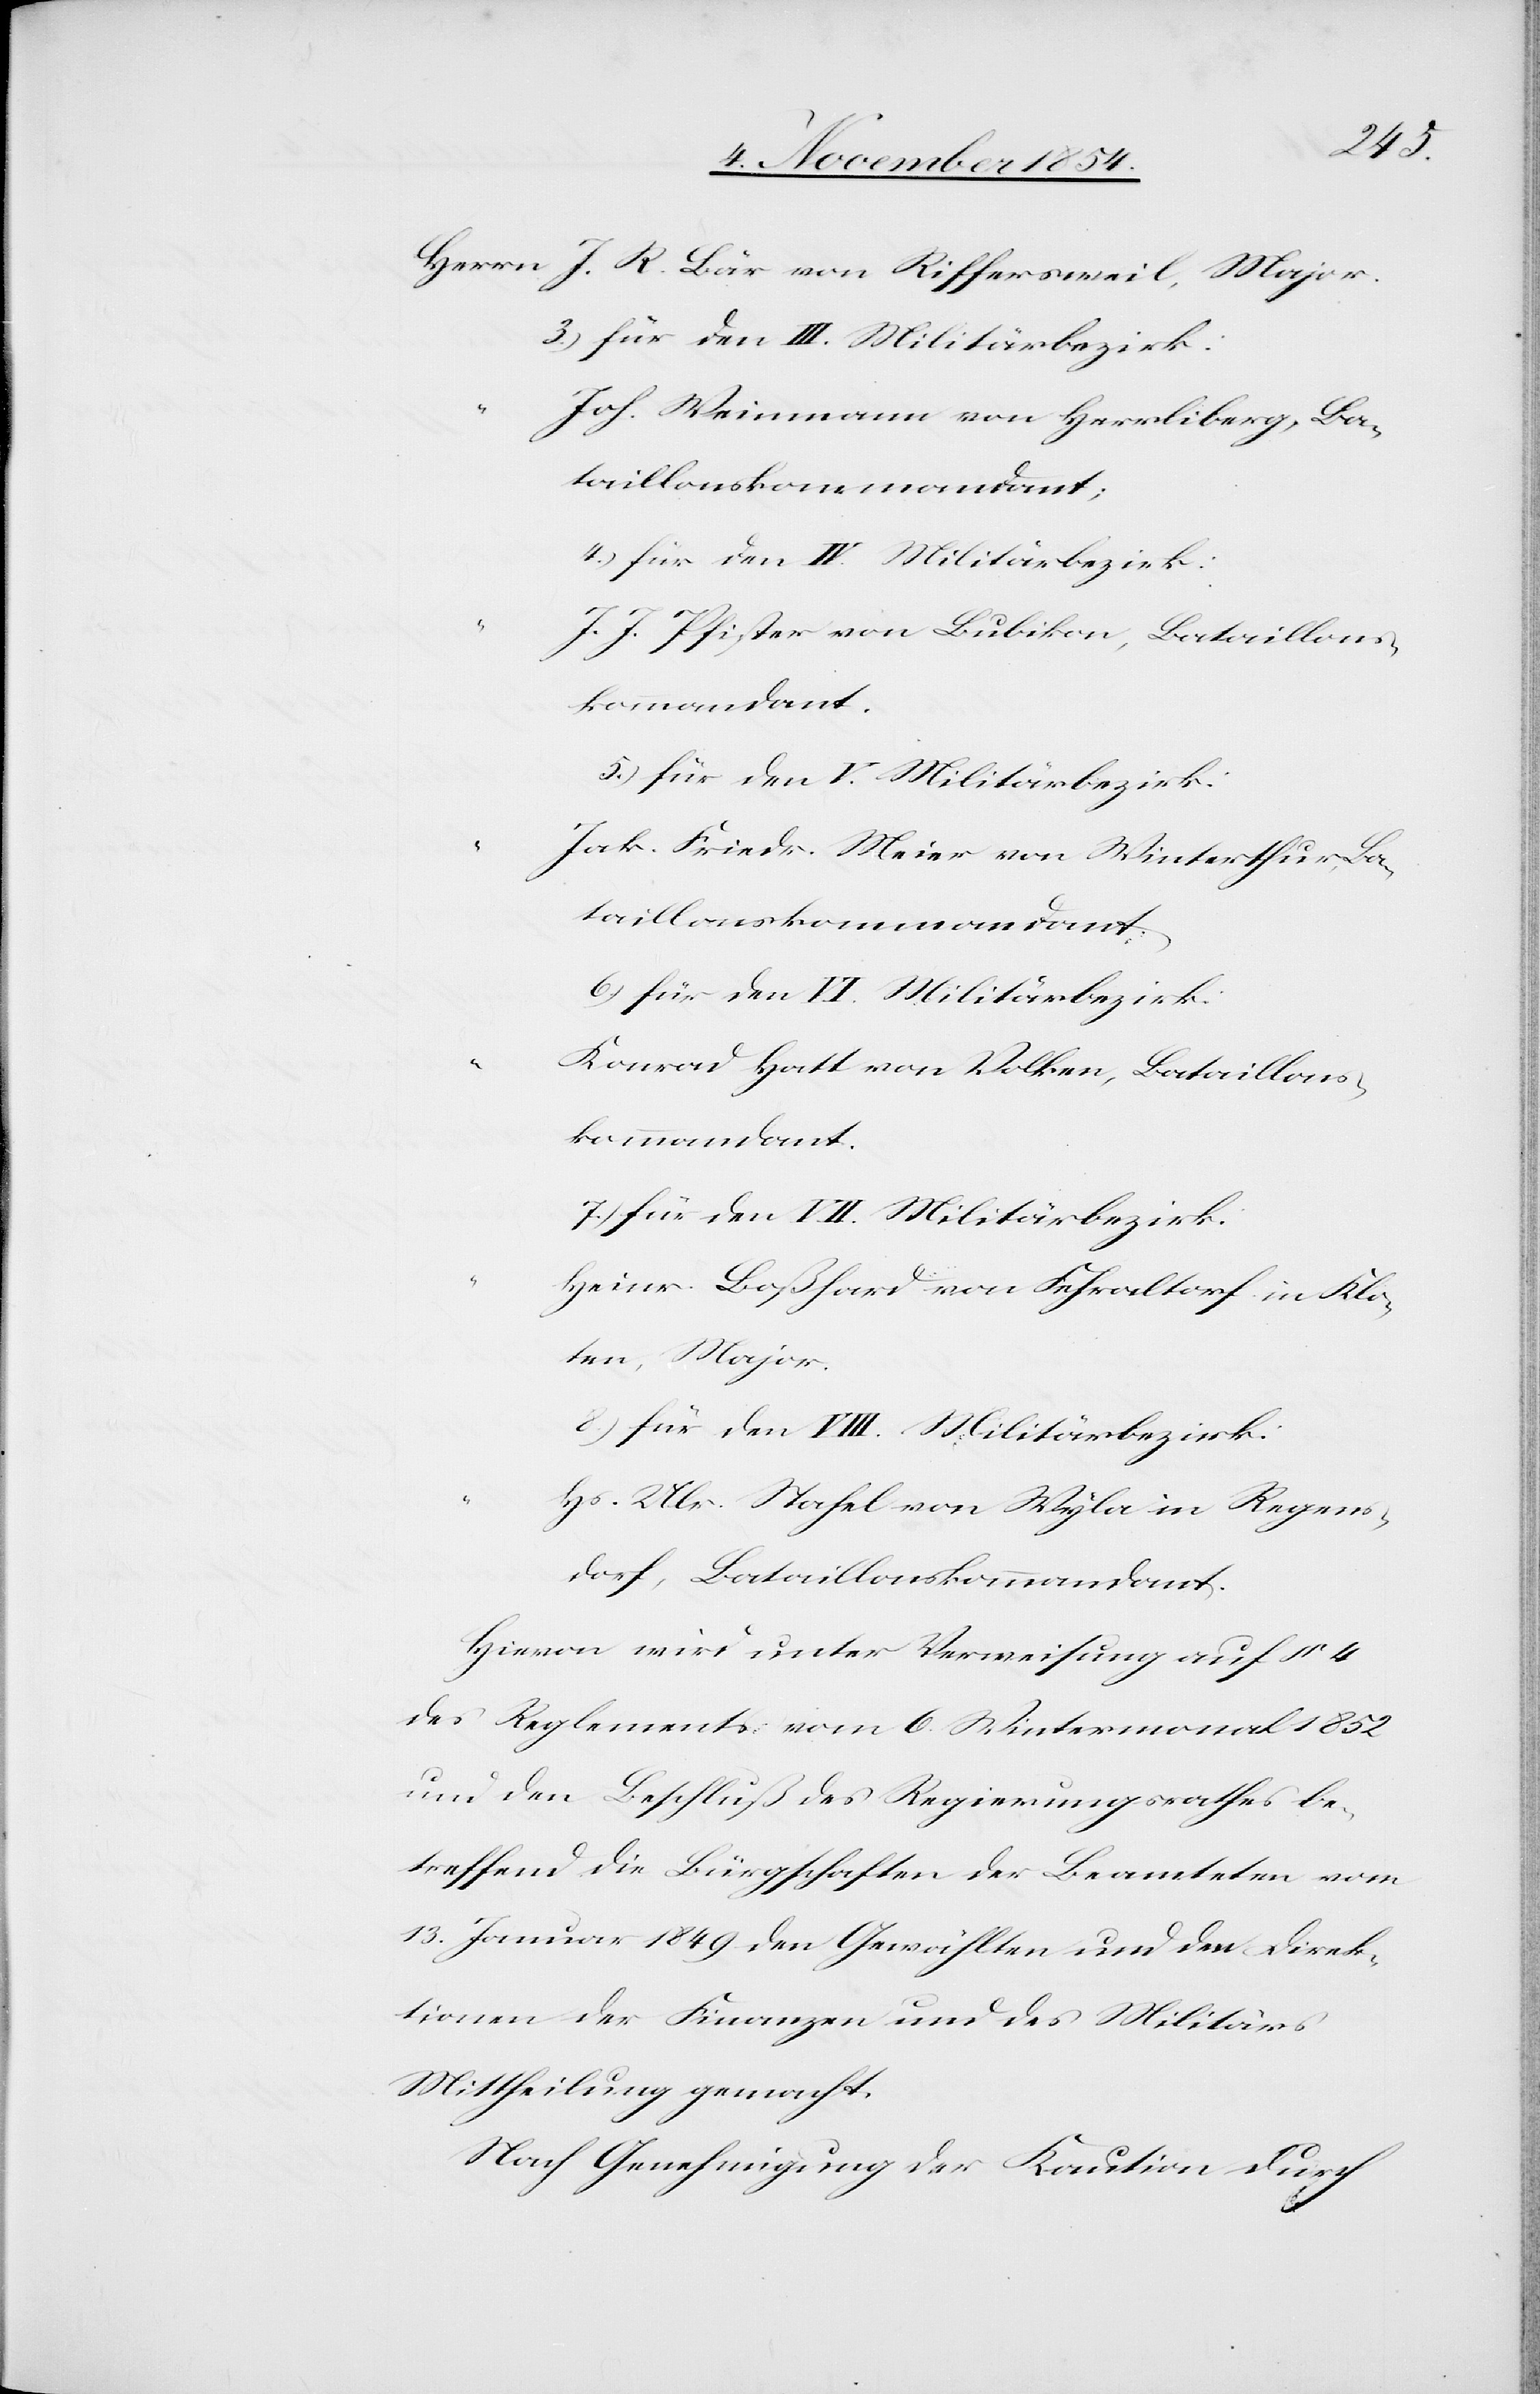
R.
Joh. Weinmann von Herrliberg, Ba¬
taillonskommandant;
4.) für den IV. Militärbezirk:
J. J. Pfister von Bubikon, Bataillons¬
kommandant.
5.) für den V. Militärbezirk:
Jak. Friedr. Meier von Winterthur, Ba¬
taillonskommandant.
6.) für den VI. Militärbezirk:
Konrad Hatt von Volken, Bataillons¬
7.) für den VII. Militärbezirk:
Heinr. Boßhard von Fehraltorf in Klo¬
ten, Major.
8.) für den VIII. Militärbezirk:
Hs. Ulr. Stahel von Wyla in Regens¬
dorf, Bataillonskommandant.
Hievon wird unter Verweisung auf § 4
des Reglements vom 6. Wintermonat 1852
und den Beschluß des Regierungsrathes be¬
treffend die Bürgschaften der Beamteten vom
13. Januar 1849 den Gewählten und den Direk¬
tionen der Finanzen und des Militärs
Mittheilung gemacht.
Nach Genehmigung der Kaution durch